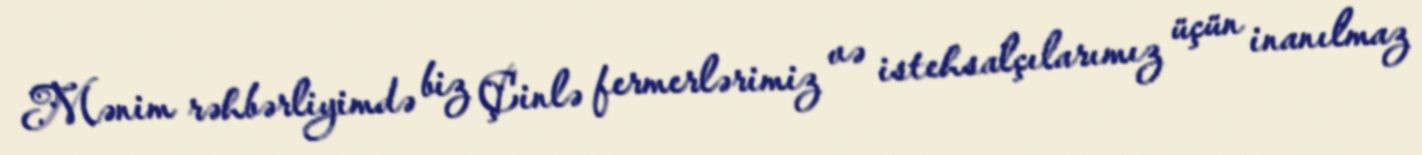
Mənim rəhbərliyimdə biz Çinlə fermerlərimiz və istehsalçılarımız üçün inanılmaz